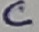
Text: C